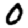
Digit: 0